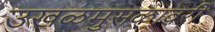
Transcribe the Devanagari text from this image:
उखळमुसळावरी